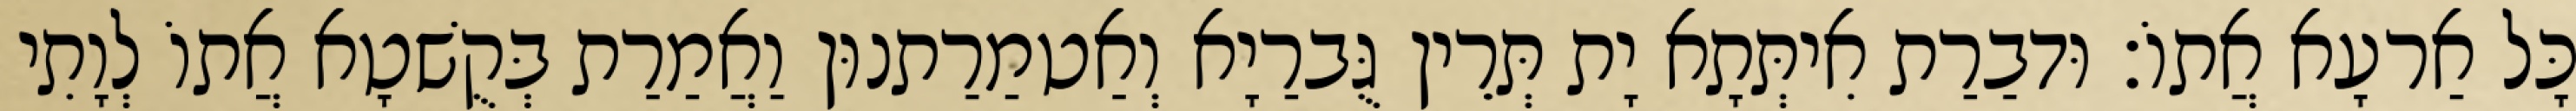
כָּל אַרעָא אֲתוֹ׃ וּדבַרַת אִיתְּתָא יָת תְּרֵין גֻּברַיָא וְאַטמַרַתנוּן וַאֲמַרַת בְּקֻשׁטָא אֲתוֹ לְוָתִי